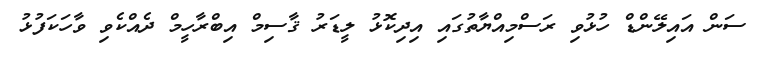
ސަން އައިލޭންޑް ހުޅުވި ރަސްމިއްޔާތުގައި އިދިކޮޅު ލީޑަރު ޤާސިމް އިބްރާހީމް ދެއްކެވި ވާހަކަފުޅު